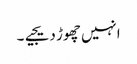
انہیں چھوڑ دیجیے۔